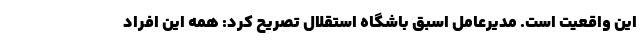
این واقعیت است. مدیرعامل اسبق باشگاه استقلال تصریح کرد: همه این افراد